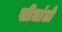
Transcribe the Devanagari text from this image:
सीधांतो